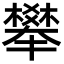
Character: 𣝴